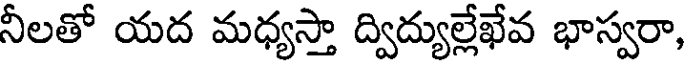
నీలతో యద మధ్యస్తా ద్విద్యుల్లేఖేవ భాస్వరా,